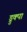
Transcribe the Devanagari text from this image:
ड्रुक्पा